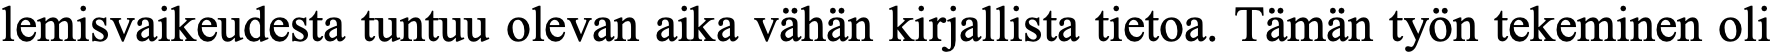
lemisvaikeudesta tuntuu olevan aika vähän kirjallista tietoa. Tämän työn tekeminen oli